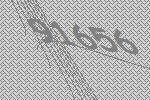
91656